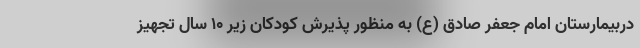
دربیمارستان امام جعفر صادق (ع) به منظور پذیرش کودکان زیر ۱۰ سال تجهیز